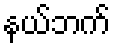
နယ်ဘက်